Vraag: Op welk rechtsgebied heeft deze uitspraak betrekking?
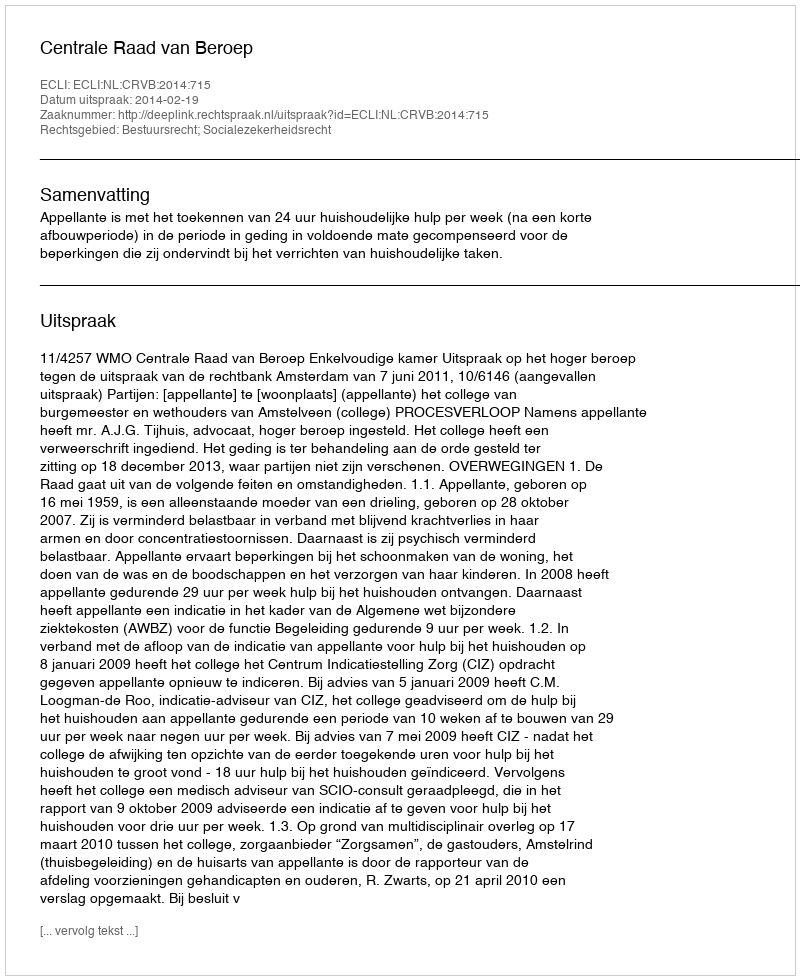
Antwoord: Bestuursrecht; Socialezekerheidsrecht